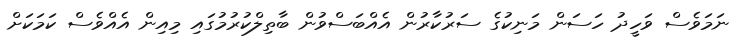
ނަމަވެސް ވަހީދު ހަސަން މަނިކުގެ ސަރުކާރުން އެއްބަސްވުން ބާތިލްކުރުމުގައި މިއިން އެއްވެސް ކަމަކަށް